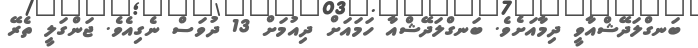
ބަނގްލަދޭޝްއާވީ ދިމާއަށެވެ. ބަނގްލަދޭޝްއާ ހަމައަށް ދިއުމަށް 13 ދުވަސް ނެގިއެވެ. ޖަންގަލީ ތެރޭ